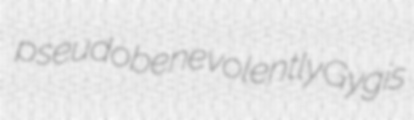
pseudobenevolently Gygis